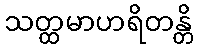
သတ္ထမာဟရိတန္တိ